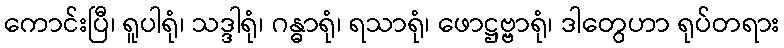
ကောင်းပြီ၊ ရူပါရုံ၊ သဒ္ဒါရုံ၊ ဂန္ဓာရုံ၊ ရသာရုံ၊ ဖောဋ္ဌဗ္ဗာရုံ၊ ဒါတွေဟာ ရုပ်တရား